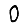
Digit: 0